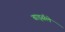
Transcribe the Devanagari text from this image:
बार्ड्सले